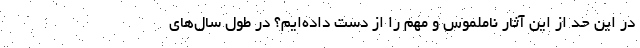
در این حد از این آثار ناملموس و مهم را از دست داده‌ایم؟ در طول سال‌های